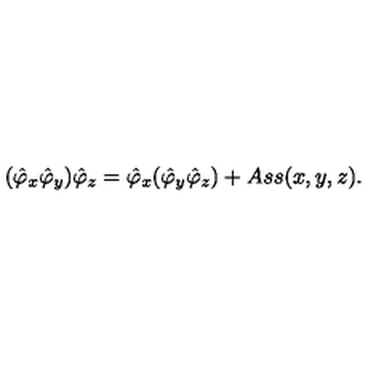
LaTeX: ( \hat { \varphi } _ { x } \hat { \varphi } _ { y } ) \hat { \varphi } _ { z } = \hat { \varphi } _ { x } ( \hat { \varphi } _ { y } \hat { \varphi } _ { z } ) + A s s ( x , y , z ) .